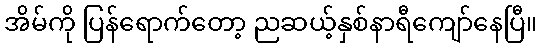
အိမ်ကို ပြန်ရောက်တော့ ညဆယ့်နှစ်နာရီကျော်နေပြီ။